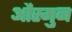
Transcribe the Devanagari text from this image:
औस्मुन